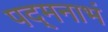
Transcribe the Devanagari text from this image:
पद्‌मनाभं